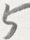
5